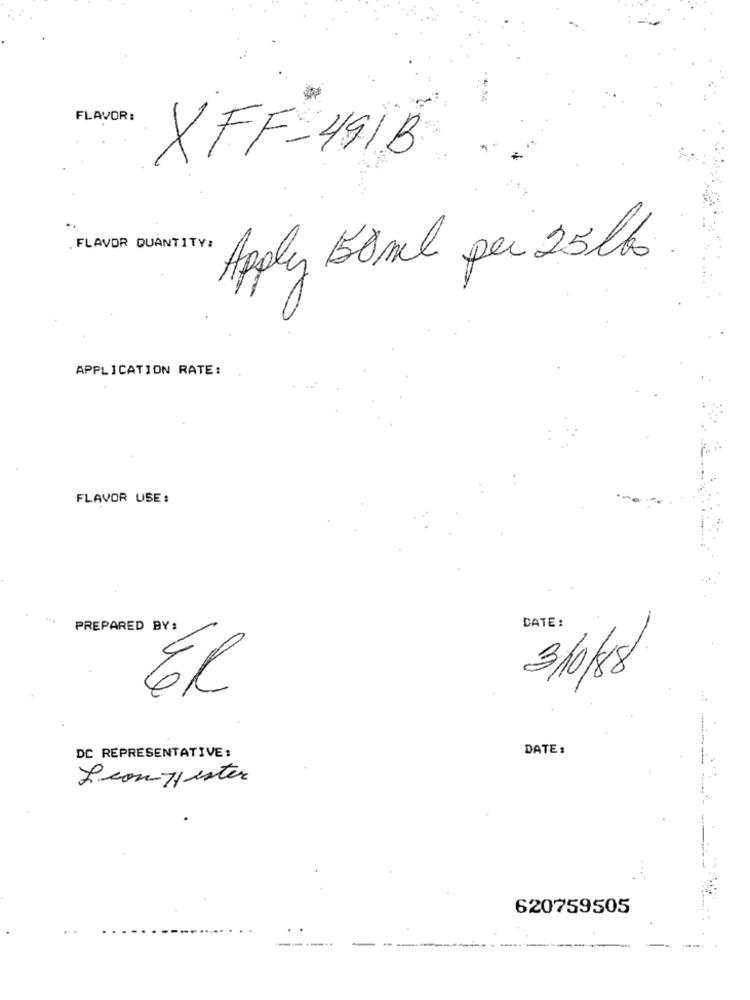
FLAVOR :
XFF-491B
. FLAVOR QUANTITY:
Apply 150ml per 25lbs
APPLICATION RATE:
FLAVOR USE :
DATE :
PREPARED BY:
3/0/8
ER
DATE:
DC REPRESENTATIVE:
Leon yester
620759505